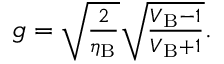
\begin{array} { r } { g = \sqrt { \frac { 2 } { \eta _ { \mathrm { B } } } } \sqrt { \frac { V _ { \mathrm { B } } - 1 } { V _ { \mathrm { B } } + 1 } } . } \end{array}